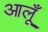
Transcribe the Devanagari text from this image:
आलूँ